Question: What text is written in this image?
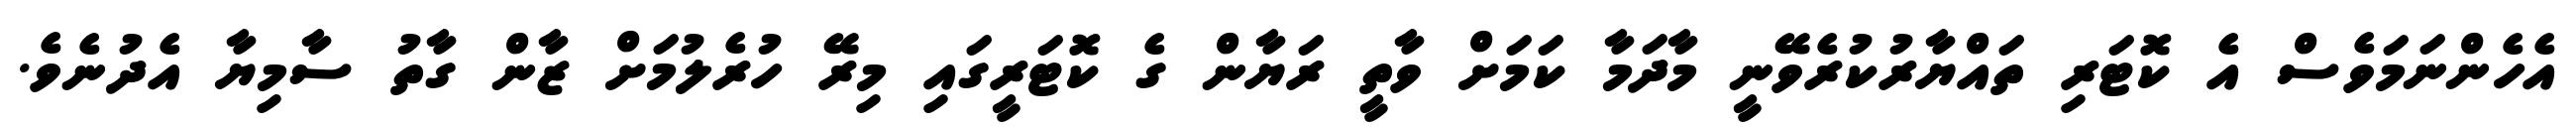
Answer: އެހެންނަމަވެސް އެ ކޮޓަރި ތައްޔާރުކުރެވޭނީ މާދަމާ ކަމަށް ވާތީ ރަޔާން ގެ ކޮޓަރީގައި މިރޭ ހުރެލުމަށް ޒާން ގާތު ސާމިޔާ އެދުނެވެ.